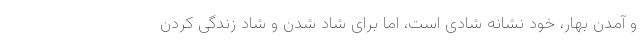
و آمدن بهار، خود نشانه شادی است، اما برای شاد شدن و شاد زندگی کردن